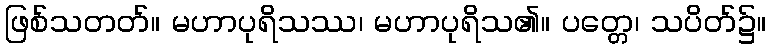
ဖြစ်သတတ်။ မဟာပုရိသဿ၊ မဟာပုရိသ၏။ ပတ္တေ၊ သပိတ်၌။